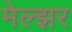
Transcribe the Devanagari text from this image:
मेल्झर